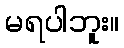
မရပါဘူး။